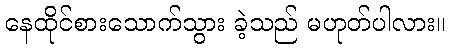
နေထိုင်စားသောက်သွား ခဲ့သည် မဟုတ်ပါလား။